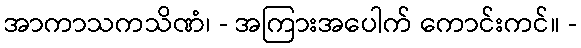
အာကာသကသိဏံ၊ - အကြားအပေါက် ကောင်းကင်။ -